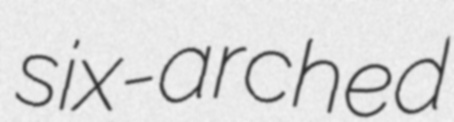
six-arched